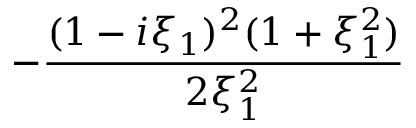
- { \frac { ( 1 - i \xi _ { 1 } ) ^ { 2 } ( 1 + \xi _ { 1 } ^ { 2 } ) } { 2 \xi _ { 1 } ^ { 2 } } }